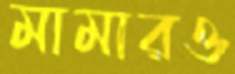
মামারও